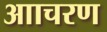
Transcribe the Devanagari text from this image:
आाचरण